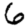
Digit: 6